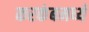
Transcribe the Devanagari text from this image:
करकंबमध्ये